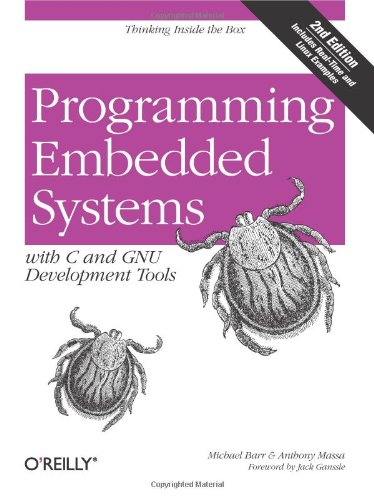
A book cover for Programming Embedded Systems: With C and GNU Development Tools, 2nd Edition; Michael Barr; Computers & Technology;